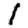
Digit: 1